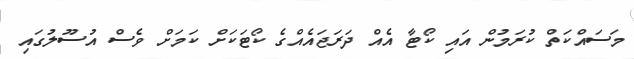
މަސައްކަތް ކުރަމުން އައި ކޯޓާ އެއް ދަރަޖައެއްގެ ކޯޓަކަށް ކަމަށް ވެސް އުސޫލުގައި